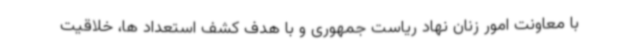
با معاونت امور زنان نهاد ریاست جمهوری و با هدف کشف استعداد ها، خلاقیت